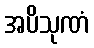
အပိသုဏံ